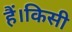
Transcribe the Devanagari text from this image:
हैं।किसी